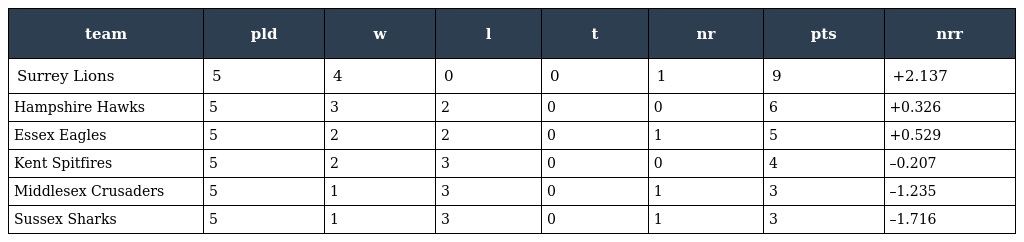
| team | pld | w | l | t | nr | pts | nrr |
 | --- | --- | --- | --- | --- | --- | --- | --- |
 | Surrey Lions | 5 | 4 | 0 | 0 | 1 | 9 | +2.137 |
 | Hampshire Hawks | 5 | 3 | 2 | 0 | 0 | 6 | +0.326 |
 | Essex Eagles | 5 | 2 | 2 | 0 | 1 | 5 | +0.529 |
 | Kent Spitfires | 5 | 2 | 3 | 0 | 0 | 4 | –0.207 |
 | Middlesex Crusaders | 5 | 1 | 3 | 0 | 1 | 3 | –1.235 |
 | Sussex Sharks | 5 | 1 | 3 | 0 | 1 | 3 | –1.716 |